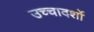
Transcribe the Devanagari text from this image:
उच्चादर्शो